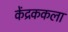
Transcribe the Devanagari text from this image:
केंद्रककला